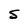
Character: S